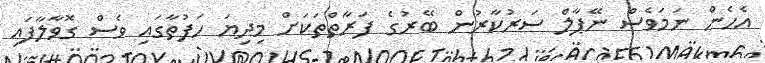
އެހެން ނަމަވެސް ނޭޕާލް ސަރުކާރުން ބޭރުގެ ފަރާތްތަކަށް މިދިޔަ ހަފުތާގައި ވެސް ގޮވާލާފައި